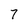
Character: 7